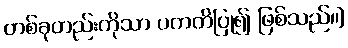
တစ်ခုတည်းကိုသာ ပကတိပြု၍ ဖြစ်သည်၊၊]